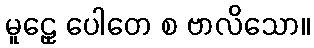
မူဠှေ ပေါတေ စ ဗာလိသော။